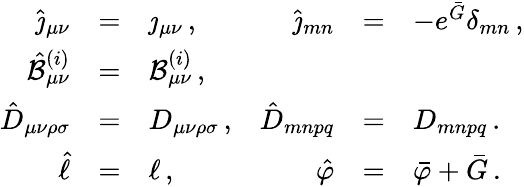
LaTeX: \begin{array}{rclrcl}{{\hat{\jmath}_{\mu\nu}}}&{{=}}&{{\jmath_{\mu\nu}\, ,}}&{{\hat{\jmath}_{mn}}}&{{=}}&{{-e^{\bar{G}}\delta_{mn}\, ,}}\\ {{\hat{{\cal B}}_{\mu\nu}^{(i)}}}&{{=}}&{{{\cal B}_{\mu\nu}^{(i)}\, ,}}&{{}}&{{}}&{{}}\\ {{\hat{D}_{\mu\nu\rho\sigma}}}&{{=}}&{{D_{\mu\nu\rho\sigma}\, ,}}&{{\hat{D}_{mnpq}}}&{{=}}&{{D_{mnpq}\, .}}\\ {{\hat{\ell}}}&{{=}}&{{\ell\, ,}}&{{\hat{\varphi}}}&{{=}}&{{\bar{\varphi}+\bar{G}\, .}}\end{array}